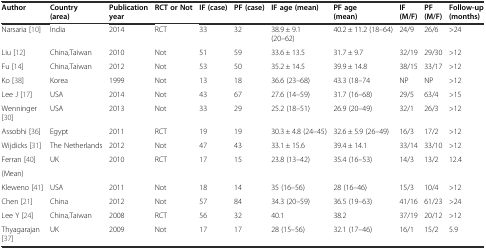
<table><thead><tr><td><b>Author</b></td><td><b>Country (area)</b></td><td><b>Publication year</b></td><td><b>RCT or Not</b></td><td><b>IF (case)</b></td><td><b>PF (case)</b></td><td><b>IF age (mean)</b></td><td><b>PF age (mean)</b></td><td><b>IF (M/F)</b></td><td><b>PF (M/F)</b></td><td><b>Follow-up (months)</b></td></tr></thead><tbody><tr><td>Narsaria [10]</td><td>India</td><td>2014</td><td>RCT</td><td>33</td><td>32</td><td>38.9 ± 9.1 (20–62)</td><td>40.2 ± 11.2 (18–64)</td><td>24/9</td><td>26/6</td><td>&gt;24</td></tr><tr><td>Liu [12]</td><td>China,Taiwan</td><td>2010</td><td>Not</td><td>51</td><td>59</td><td>33.6 ± 13.5</td><td>31.7 ± 9.7</td><td>32/19</td><td>29/30</td><td>&gt;12</td></tr><tr><td>Fu [14]</td><td>China,Taiwan</td><td>2012</td><td>Not</td><td>53</td><td>50</td><td>35.2 ± 14.5</td><td>39.9 ± 14.8</td><td>38/15</td><td>33/17</td><td>&gt;12</td></tr><tr><td>Ko [38]</td><td>Korea</td><td>1999</td><td>Not</td><td>13</td><td>18</td><td>36.6 (23–68)</td><td>43.3 (18–74</td><td>NP</td><td>NP</td><td>&gt;12</td></tr><tr><td>Lee J [17]</td><td>USA</td><td>2014</td><td>Not</td><td>43</td><td>67</td><td>27.6 (14–59)</td><td>31.7 (16–68)</td><td>29/5</td><td>63/4</td><td>&gt;15</td></tr><tr><td>Wenninger [30]</td><td>USA</td><td>2013</td><td>Not</td><td>33</td><td>29</td><td>25.2 (18–51)</td><td>26.9 (20–49)</td><td>32/1</td><td>26/3</td><td>&gt;12</td></tr><tr><td>Assobhi [36]</td><td>Egypt</td><td>2011</td><td>RCT</td><td>19</td><td>19</td><td>30.3 ± 4.8 (24–45)</td><td>32.6 ± 5.9 (26–49)</td><td>16/3</td><td>17/2</td><td>&gt;12</td></tr><tr><td>Wijdicks [31]</td><td>The Netherlands</td><td>2012</td><td>Not</td><td>47</td><td>43</td><td>33.1 ± 15.6</td><td>39.4 ± 14.1</td><td>33/14</td><td>33/10</td><td>&gt;12</td></tr><tr><td>Ferran [40]</td><td>UK</td><td>2010</td><td>RCT</td><td>17</td><td>15</td><td>23.8 (13–42)</td><td>35.4 (16–53)</td><td>14/3</td><td>13/2</td><td>12.4</td></tr><tr><td>(Mean)</td><td></td><td></td><td></td><td></td><td></td><td></td><td></td><td></td><td></td><td></td></tr><tr><td>Kleweno [41]</td><td>USA</td><td>2011</td><td>Not</td><td>18</td><td>14</td><td>35 (16–56)</td><td>28 (16–46)</td><td>15/3</td><td>10/4</td><td>&gt;12</td></tr><tr><td>Chen [21]</td><td>China</td><td>2012</td><td>Not</td><td>57</td><td>84</td><td>34.3 (20–59)</td><td>36.5 (19–63)</td><td>41/16</td><td>61/23</td><td>&gt;24</td></tr><tr><td>Lee Y [24]</td><td>China,Taiwan</td><td>2008</td><td>RCT</td><td>56</td><td>32</td><td>40.1</td><td>38.2</td><td>37/19</td><td>20/12</td><td>&gt;12</td></tr><tr><td>Thyagarajan [37]</td><td>UK</td><td>2009</td><td>Not</td><td>17</td><td>17</td><td>28 (15–56)</td><td>32.1 (17–46)</td><td>16/1</td><td>15/2</td><td>5.9</td></tr></tbody></table>